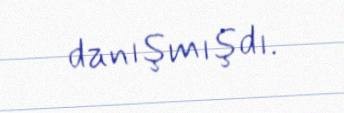
danışmışdı.